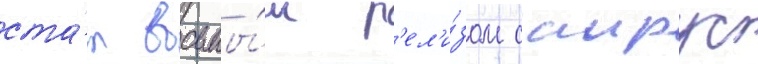
ста́л восьмы́м р'ел'и́зом саирус